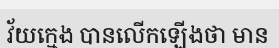
វ័យក្មេង បានលើកឡើងថា មាន